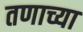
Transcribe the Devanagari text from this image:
तणाच्या